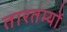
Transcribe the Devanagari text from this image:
तारतम्यों